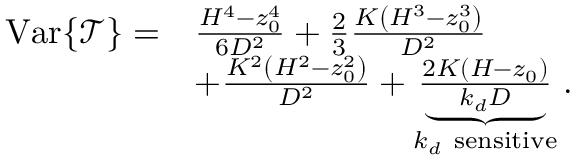
\begin{array} { r l } { \operatorname { V a r } \{ \mathcal { T } \} = } & { \frac { H ^ { 4 } - z _ { 0 } ^ { 4 } } { 6 D ^ { 2 } } + \frac { 2 } { 3 } \frac { K \left( H ^ { 3 } - z _ { 0 } ^ { 3 } \right) } { D ^ { 2 } } } \\ & { + \frac { K ^ { 2 } \left( H ^ { 2 } - z _ { 0 } ^ { 2 } \right) } { D ^ { 2 } } + \underbrace { \frac { 2 K ( H - z _ { 0 } ) } { k _ { d } D } } _ { k _ { d } \mathrm { ~ s e n s i t i v e } } . } \end{array}